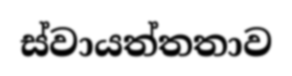
ස්වායත්තතාව